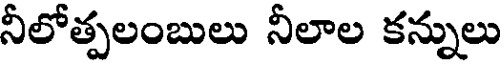
నీలోత్పలంబులు నీలాల కన్నులు